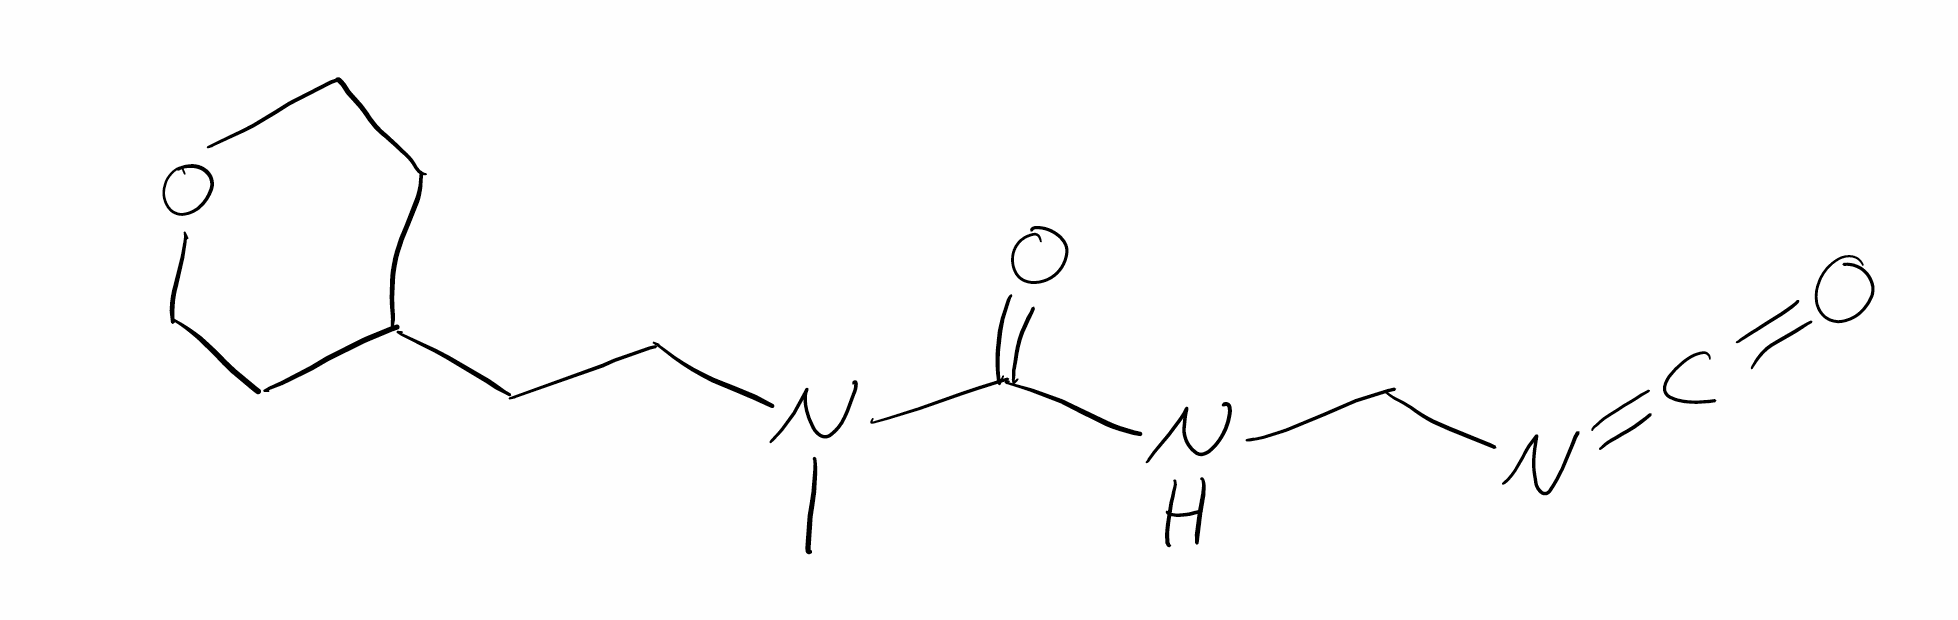
Simplified molecular-input line-entry system (SMILES) notation of the given molecule:
CN(CCC1CCOCC1)C(=O)NCN=C=O